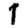
Digit: 1